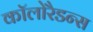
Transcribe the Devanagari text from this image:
कॉलोरैडन्स